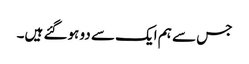
جس سے ہم ایک سے دو ہوگئے ہیں۔